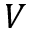
{ \cal V }